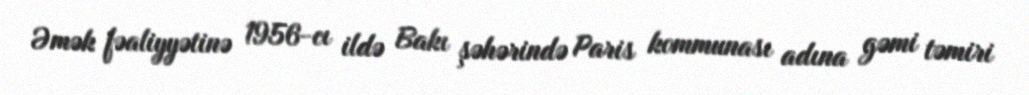
Əmək fəaliyyətinə 1956-cı ildə Bakı şəhərində Paris kommunası adına gəmi təmiri